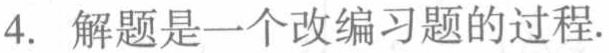
4. 解题是一个改编习题的过程.